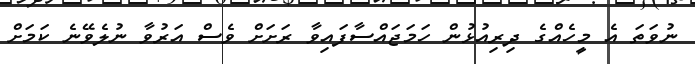
ނުވަަތަ އެ މީހެއްގެ ދިރިއުޅުން ހަމަޖައްސާފައިވާ ރަށަށް ވެސް އަރުވާ ނުލެވޭނެ ކަމަށް